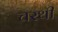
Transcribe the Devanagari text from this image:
चरथी